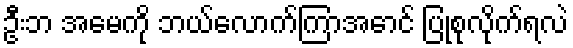
ဦးဘ အမေကို ဘယ်လောက်ကြာအောင် ပြုစုလိုက်ရလဲ